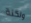
ولكنة